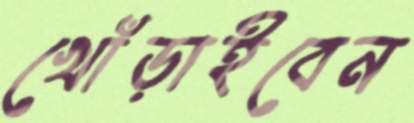
খোঁড়াইবেন